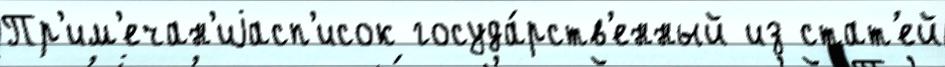
Пр'им'ечан'иjасп'исок госуда́рств'енный из стат'ей